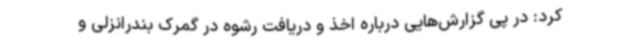
کرد: در پی گزارش‌هایی درباره اخذ و دریافت رشوه در گمرک بندرانزلی و